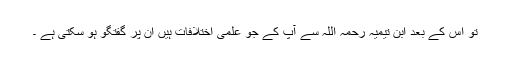
تو اس کے بعد ابن تیمیہ رحمہ اللہ سے آپ کے جو علمی اختلافات ہیں ان پر گفتگو ہو سکتی ہے ۔